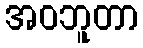
အဝဘူတာ